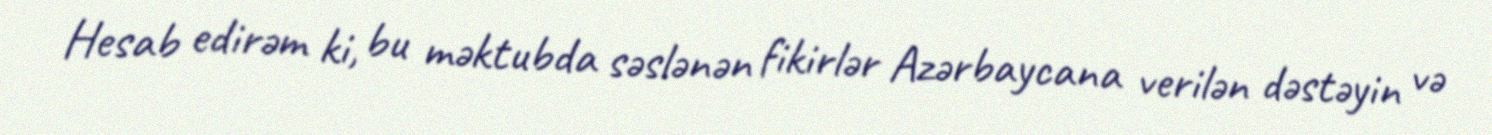
Hesab edirəm ki, bu məktubda səslənən fikirlər Azərbaycana verilən dəstəyin və